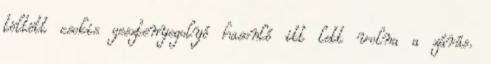
töltött csokis gesztenyegolyó hasonló itt lett volna a zárás.